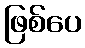
ဖြစ်ပေ